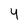
Character: 4